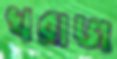
খরাজ